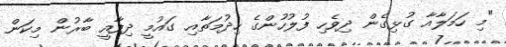
"މި ހަމަލާއާ ގުޅިގެން ދިވެހި ފުލުހުންގެ ހިދުމަތާއި ގައުމީ ދިފާއީ ބާރުން މިކަން